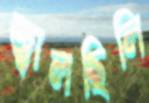
জ্বালছিলি